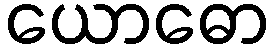
ယောဓော